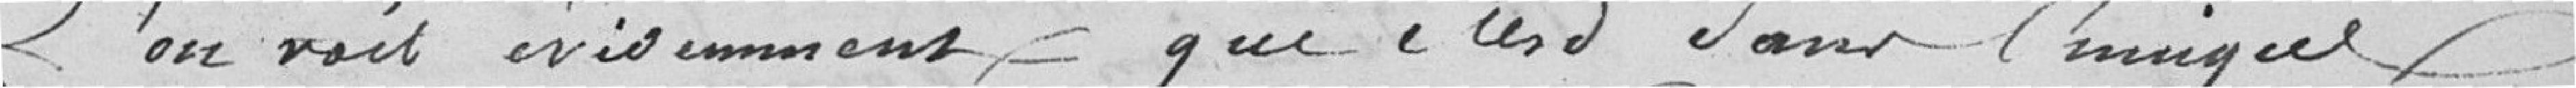
L'on voit évidemment que c'est dans l'unique